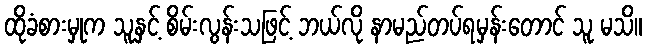
ထိုခံစားမှုက သူနှင့် စိမ်းလွန်းသဖြင့် ဘယ်လို နာမည်တပ်ရမှန်းတောင် သူ မသိ။